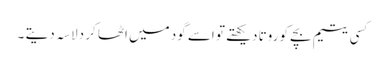
کسی یتیم بچے کو روتا دیکھتے تو اسے گود میں اٹھا کر دلاسہ دیتے ۔